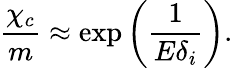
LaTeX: \frac{\chi_{c}}{m}\approx\exp\left(\frac{1}{E\delta_{i}}\right).